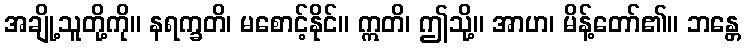
အချို့သူတို့ကို။ နရက္ခတိ၊ မစောင့်နိုင်။ ဣတိ၊ ဤသို့။ အာဟ၊ မိန့်တော်၏။ ဘန္တေ